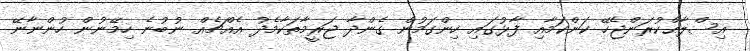
އިސްލާޙްކުރަންޖެހޭ ކަންކަމާއި ފާޅުގައި ހިންގަމުން ގެންދާ ޖަރީމާތަކާމެދު އެއްޗެއް ނުބުނެ ހިމޭނުން ހުންނާނޭ